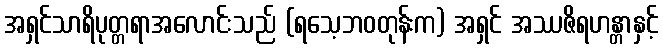
အရှင်သာရိပုတ္တရာအလောင်းသည် (ရသေ့ဘဝတုန်းက) အရှင် အဿဇိရဟန္တာနှင့်